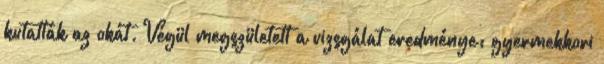
kutatták az okát. Végül megszületett a vizsgálat eredménye: gyermekkori